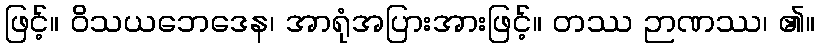
ဖြင့်။ ဝိသယဘေဒေန၊ အာရုံအပြားအားဖြင့်။ တဿ ဉာဏဿ၊ ၏။